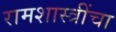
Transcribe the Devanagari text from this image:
रामशास्त्रींचा